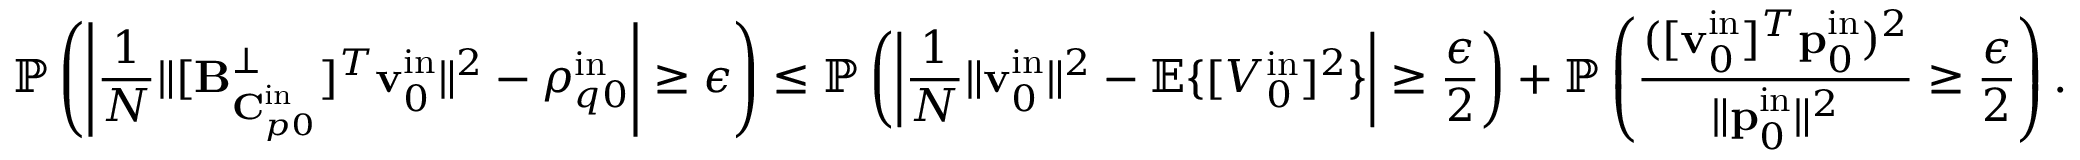
\mathbb { P } \left( \left| \frac { 1 } { N } \| [ \mathbf { B } _ { \mathbf { C } _ { p 0 } ^ { \mathrm { i n } } } ^ { \perp } ] ^ { T } \mathbf { v } _ { 0 } ^ { \mathrm { i n } } \| ^ { 2 } - \rho _ { q 0 } ^ { \mathrm { i n } } \right| \geq \epsilon \right) \leq \mathbb { P } \left( \left| \frac { 1 } { N } \| \mathbf { v } _ { 0 } ^ { \mathrm { i n } } \| ^ { 2 } - \mathbb { E } \{ [ V _ { 0 } ^ { \mathrm { i n } } ] ^ { 2 } \} \right| \geq \frac { \epsilon } { 2 } \right) + \mathbb { P } \left( \frac { ( [ \mathbf { v } _ { 0 } ^ { \mathrm { i n } } ] ^ { T } \mathbf { p } _ { 0 } ^ { \mathrm { i n } } ) ^ { 2 } } { \| \mathbf { p } _ { 0 } ^ { \mathrm { i n } } \| ^ { 2 } } \geq \frac { \epsilon } { 2 } \right) .